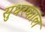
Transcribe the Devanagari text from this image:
सुधरकाल